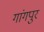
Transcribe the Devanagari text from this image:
गांगपुर